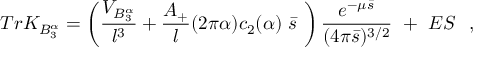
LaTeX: T r K _ { B _ { 3 } ^ { \alpha } } = \left( { \frac { V _ { B _ { 3 } ^ { \alpha } } } { l ^ { 3 } } } + { \frac { A _ { + } } { l } } ( 2 \pi \alpha ) c _ { 2 } ( \alpha ) ~ \bar { s } ~ \right) { \frac { e ^ { - \mu \bar { s } } } { ( 4 \pi \bar { s } ) ^ { 3 / 2 } } } ~ + ~ E S ~ ~ ,